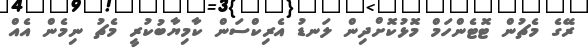
ރޭގެ މެޗުން ޓޮޓެންހަމް މޮޅުކޮށްދިން ލަނޑު އެރިކްސަން ކާމިޔާބުކުރީ މެޗު ނިމެން އެއް